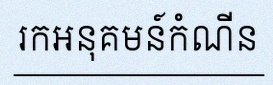
រកអនុគមន៍កំណើន